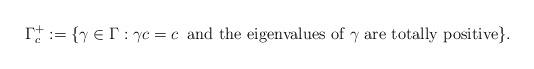
LaTeX: \begin{align*}\Gamma_c^+:=\{\gamma\in \Gamma:\gamma c=c\;\;\mbox{and the eigenvalues of $\gamma$ are totally positive}\}. \end{align*}